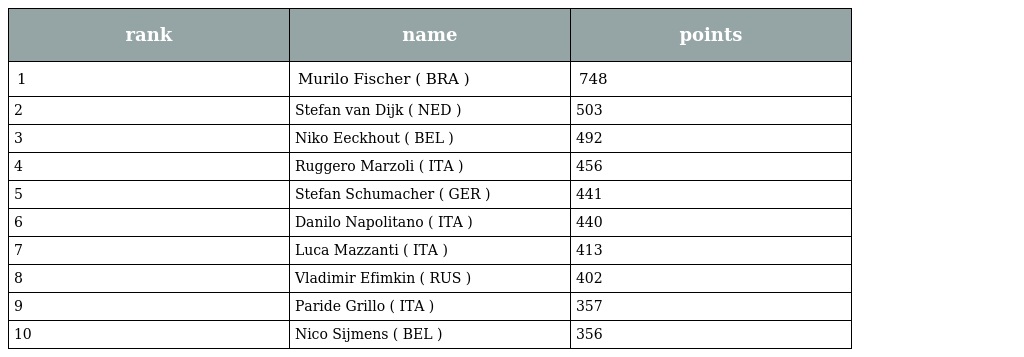
| rank | name | points |
 | --- | --- | --- |
 | 1 | Murilo Fischer ( BRA ) | 748 |
 | 2 | Stefan van Dijk ( NED ) | 503 |
 | 3 | Niko Eeckhout ( BEL ) | 492 |
 | 4 | Ruggero Marzoli ( ITA ) | 456 |
 | 5 | Stefan Schumacher ( GER ) | 441 |
 | 6 | Danilo Napolitano ( ITA ) | 440 |
 | 7 | Luca Mazzanti ( ITA ) | 413 |
 | 8 | Vladimir Efimkin ( RUS ) | 402 |
 | 9 | Paride Grillo ( ITA ) | 357 |
 | 10 | Nico Sijmens ( BEL ) | 356 |